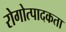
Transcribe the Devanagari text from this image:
रोगोत्पादकता